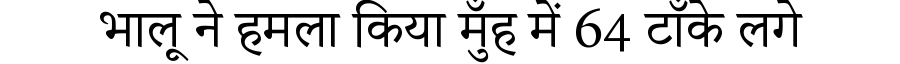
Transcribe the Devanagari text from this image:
भालू ने हमला किया मुँह में 64 टाँके लगे